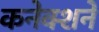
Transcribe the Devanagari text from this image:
कनेक्शने